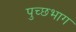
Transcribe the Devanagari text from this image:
पुच्छभाग